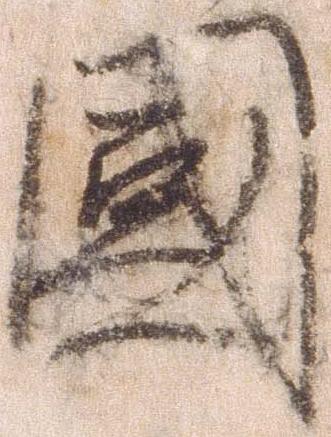
国